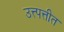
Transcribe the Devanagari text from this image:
उत्त्पत्तीत